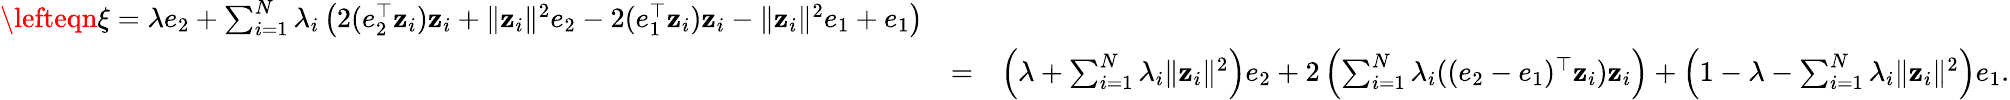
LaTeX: \begin{array}{rlr}{\lefteqn{\xi=\lambda e_{2}+\sum_{i=1}^{N}\lambda_{i}\left(2(e_{2}^{\top}\mathbf z_{i})\mathbf z_{i}+\| \mathbf z_{i}\| ^{2}e_{2}-2(e_{1}^{\top}\mathbf z_{i})\mathbf z_{i}-\| \mathbf z_{i}\| ^{2}e_{1}+e_{1}\right)}}\\ &{=}&{\left(\lambda+\sum_{i=1}^{N}\lambda_{i}\| \mathbf z_{i}\| ^{2}\right)e_{2}+2\left(\sum_{i=1}^{N}\lambda_{i}((e_{2}-e_{1})^{\top}\mathbf z_{i})\mathbf z_{i}\right)+\left(1-\lambda-\sum_{i=1}^{N}\lambda_{i}\| \mathbf z_{i}\| ^{2}\right)e_{1}.}\end{array}